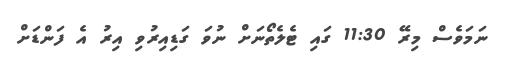
ނަމަވެސް މިރޭ 11:30 ގައި ޓެލެތޯނަށް ނުވަ ގަޑިއިރުވި އިރު އެ ފަންޑަށް